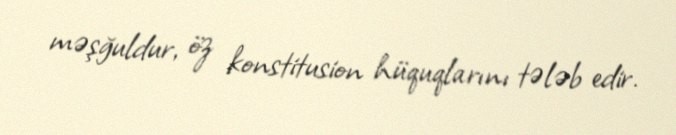
məşğuldur, öz konstitusion hüquqlarını tələb edir.